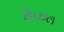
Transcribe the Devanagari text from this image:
वैफल